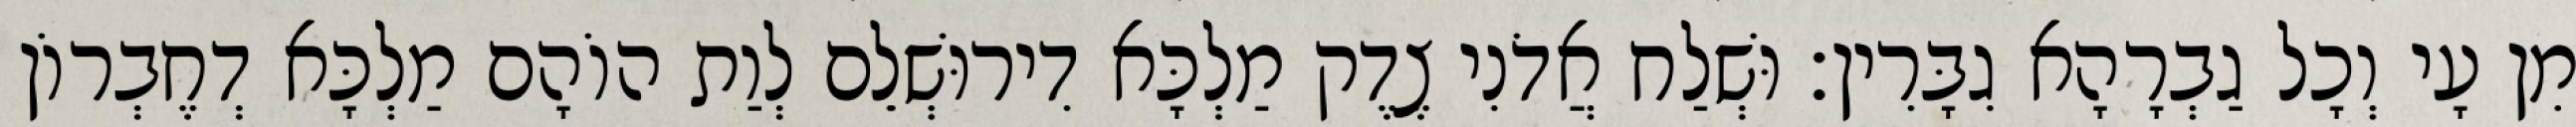
מִן עָי וְכָל גַבְרָהָא גִבָּרִין׃ וּשְׁלַח אֲדֹנִי צֶדֶק מַלְכָּא דִירוּשְׁלֵם לְוַת הוֹהָם מַלְכָּא דְחֶבְרוֹן